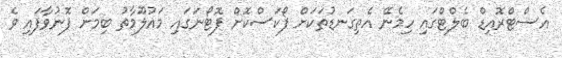
އެސްޓްރޮއިޑް ބެލްޓްގައި ހިމެނޭ އެތިގަނޑުތަކަށް ފޯކަސްކޮށް ފޮޓޯނަގައި މައުލޫމާތު ބިމަށް ފޮނުވާފައި ވެ